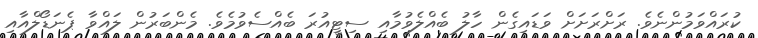
ކުރައްވަމުންނެވެ. ރަށްރަށަށް ވަޑައިގެން ހާލު ބެއްލެވުމާއި ސިޓީއުރަ ބެއްސެވުމެވެ. މެންބަރުން ލައްވާ ޕެނަޑޯލްއާއި